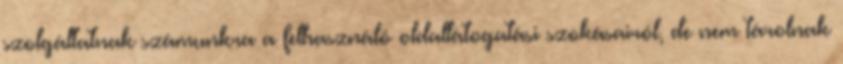
szolgáltatnak számunkra a felhasználó oldallátogatási szokásairól, de nem tárolnak